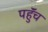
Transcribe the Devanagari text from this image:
पहुॅंच